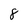
Character: 8